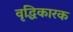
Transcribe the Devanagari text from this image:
वृद्धिकारक